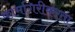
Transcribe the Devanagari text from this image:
कामगिरीकरता